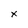
Character: x